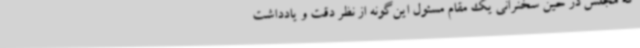
که مجلس در حین سخنرانی یک مقام مسئول این‌گونه از نظر دقت و یادداشت